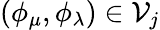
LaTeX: (\phi_{\mu},\phi_{\lambda})\in\mathcal{V}_{j}